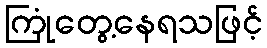
ကြုံတွေ့နေရသဖြင့်